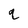
Character: q